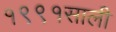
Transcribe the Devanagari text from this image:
१९९१साली